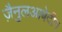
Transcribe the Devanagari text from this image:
जै़नुलआबेदीन